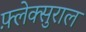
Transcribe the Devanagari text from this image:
फ़्लेक्सुराल